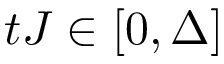
t J \in [ 0 , \Delta ]